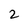
Character: 2